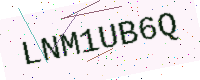
Text: LNM1UB6Q